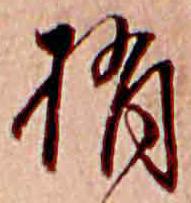
梢